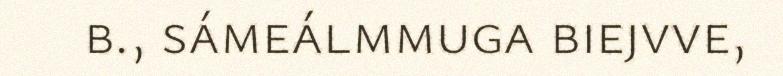
b., sámeálmmuga biejvve,